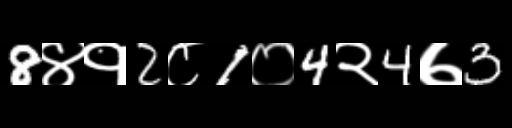
Text: 8४१2८1०4२4७3